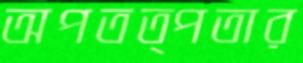
অপতত্পতার